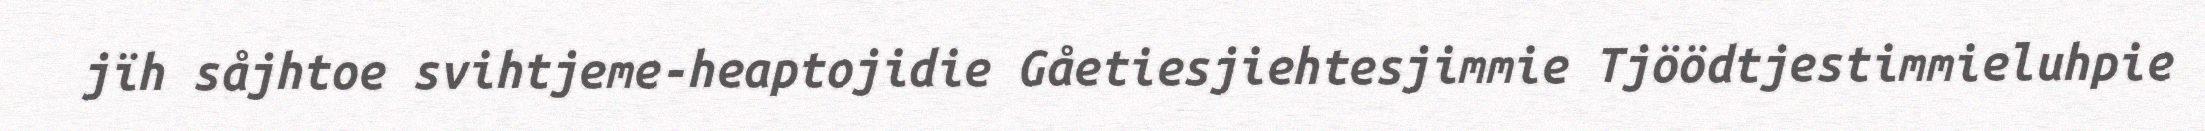
jïh såjhtoe svihtjeme-heaptojidie Gåetiesjiehtesjimmie Tjöödtjestimmieluhpie